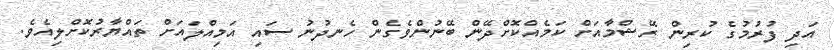
އަދި ފުރުމުގެ ކުރިން ރޭޝްމާއަށް ކަމެއްކޮށްދޭން ބޭނުންވެގެން ހެނދުނު ސައި އަމިއްލައަށް ތައްޔާރުކޮށްލިއެވެ.